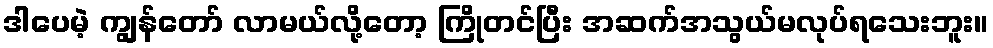
ဒါပေမဲ့ ကျွန်တော် လာမယ်လို့တော့ ကြိုတင်ပြီး အဆက်အသွယ်မလုပ်ရသေးဘူး။